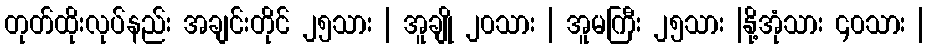
တုတ်ထိုးလုပ်နည်း အချင်းတိုင် ၂၅သား | အူချို ၂၀သား | အူမကြီး ၂၅သား |နို့အုံသား ၄၀သား |